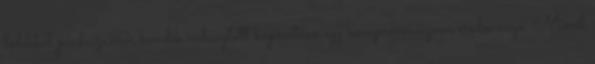
ledekkel párhuzamos kondik választott kapacitása egy kompromisszum eredménye. Minél